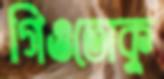
গিওতোকু